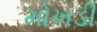
મોખડી